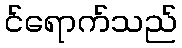
င်ရောက်သည်